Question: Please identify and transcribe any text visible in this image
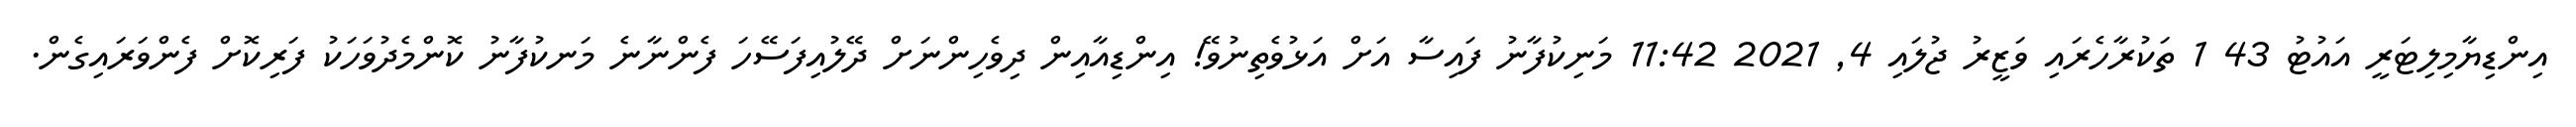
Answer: އިންޑިޔާމިލިޓަރީ އައުޓު 43 1 ތަކުރާހެރައި ވަޒީރު ޖުލައި 4, 2021 11:42 މަނިކުފާނު ފައިސާ އަށް އަޅުވެތިނުވޭ! އިންޑިއާއިން ދިވެހިންނަށް ދޭލުއިފަސޭހަ ފެންނާނެ މަނކުފާނު ކޮންމެދުވަހަކު ފަރިކޮށް ފެންވަރައިގެން.